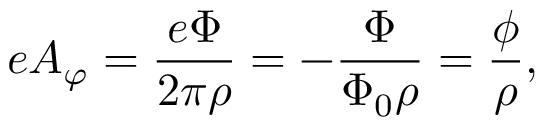
e A _ { \varphi } = { \frac { e \Phi } { 2 \pi \rho } } = - { \frac { \Phi } { \Phi _ { 0 } \rho } } = { \frac { \phi } { \rho } } ,